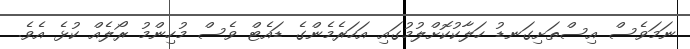
ނަމަވެސް އިސްތަށިގަނޑު ހަލާކުކޮށްލުމުގައި އަހަރެމެންގެ ޑައެޓް ވެސް މުހިންމު ރޯލެއް ކުޅެ އެވެ.